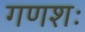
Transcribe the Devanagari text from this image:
गणशः